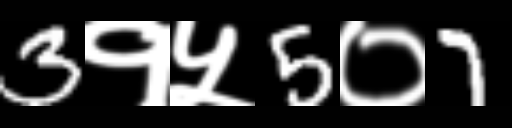
Text: 3१५5०7